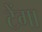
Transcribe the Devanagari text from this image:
टेंगा